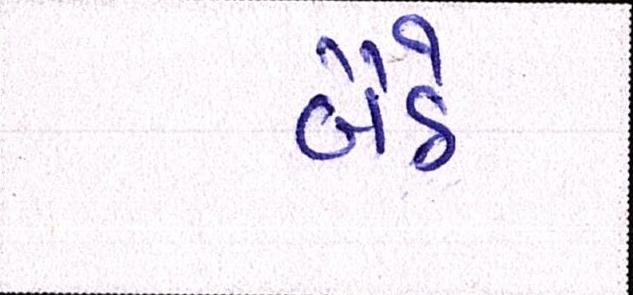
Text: બૈઠે